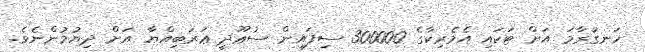
ހަނގުރާމަ އަށް ޓަކައި އެމެރިކާގެ 300000 ސިފައިން ސުޢޫދީ ޢަރަބިއްޔާ އަށް ދިޔުމުންނެވެ.